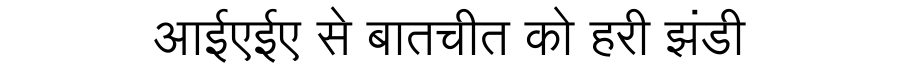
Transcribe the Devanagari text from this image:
आईएईए से बातचीत को हरी झंडी